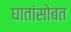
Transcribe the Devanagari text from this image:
घातांसोबत